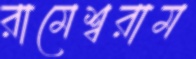
রামেশ্বরাম